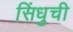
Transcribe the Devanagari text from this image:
सिंधुची